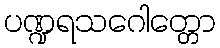
ပဏ္ဍရသဂေါတ္တော